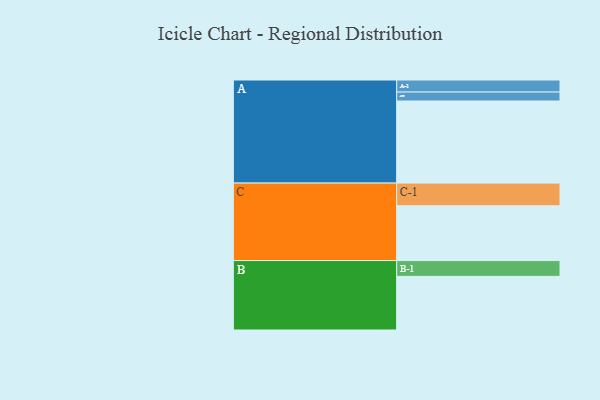
{"axis": {"x": "Segment", "y": "Value"}, "legend": ["", "A", "B", "C"], "data": [{"x": "A", "y": 551, "type": ""}, {"x": "B", "y": 360, "type": ""}, {"x": "C", "y": 368, "type": ""}, {"x": "A-1", "y": 81, "type": "A"}, {"x": "A-2", "y": 60, "type": "A"}, {"x": "B-1", "y": 106, "type": "B"}, {"x": "C-1", "y": 152, "type": "C"}]}